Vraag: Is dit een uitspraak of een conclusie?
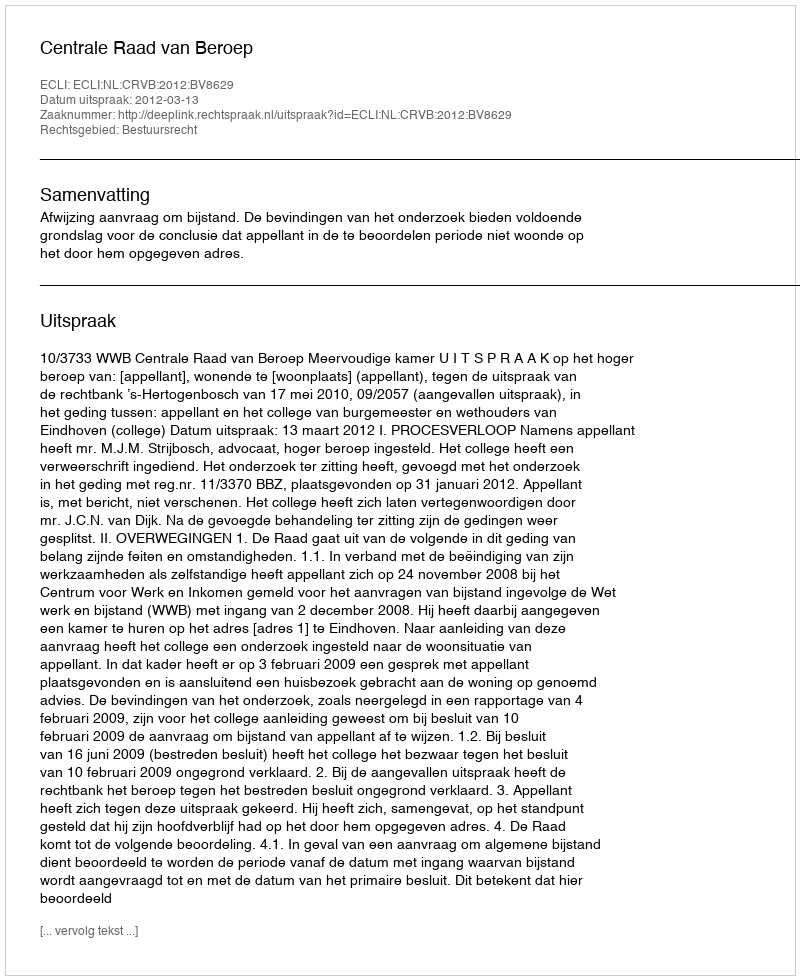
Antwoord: Uitspraak